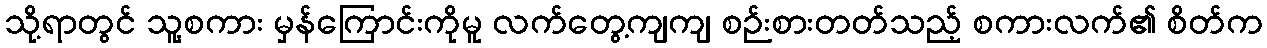
သို့ရာတွင် သူ့စကား မှန်ကြောင်းကိုမူ လက်တွေ့ကျကျ စဉ်းစားတတ်သည့် စကားလက်၏ စိတ်က